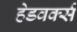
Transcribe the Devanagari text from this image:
हेडवर्क्स